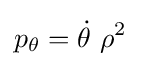
p_{\theta }={\dot {\theta }}\ \rho ^{2}